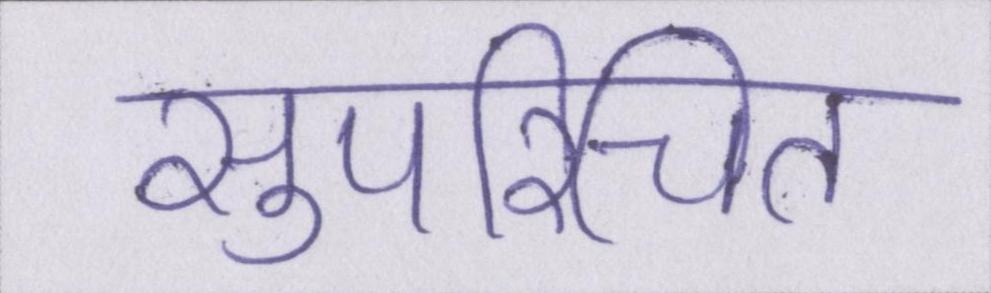
सुपरिचित